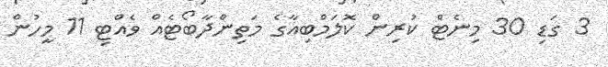
3 ގަޑި 30 މިނެޓް ކުރިން ކޮލަމްބިއާގެ މަތިންދާބޯޓެއް ވެއްޓި 11 މީހުން